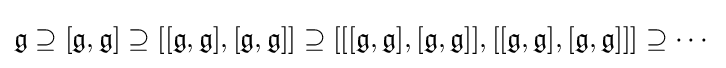
{\mathfrak {g}}\supseteq [{\mathfrak {g}},{\mathfrak {g}}]\supseteq [[{\mathfrak {g}},{\mathfrak {g}}],[{\mathfrak {g}},{\mathfrak {g}}]]\supseteq [[[{\mathfrak {g}},{\mathfrak {g}}],[{\mathfrak {g}},{\mathfrak {g}}]],[[{\mathfrak {g}},{\mathfrak {g}}],[{\mathfrak {g}},{\mathfrak {g}}]]]\supseteq \cdots